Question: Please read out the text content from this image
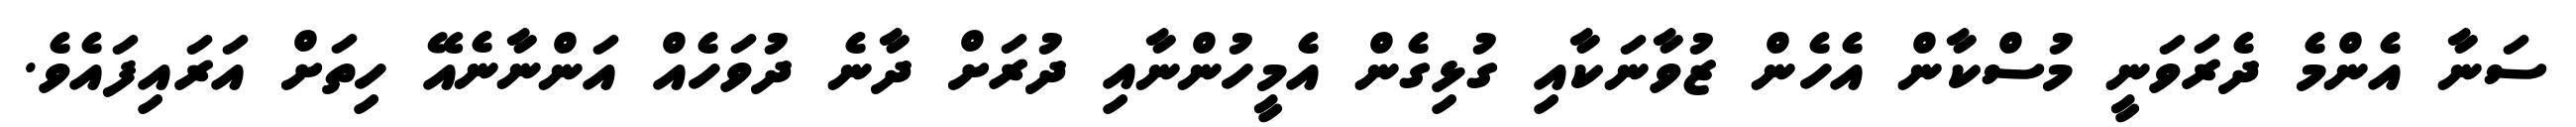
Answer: ސަނާ އެންމެ ދެރަވަނީ މުސްކާން އެހެން ޒުވާނަކާއި ގުޅިގެން އެމީހުންނާއި ދުރަށް ދާނެ ދުވަހެއް އަންނާނެއޭ ހިތަށް އަރައިފައެވެ.